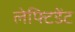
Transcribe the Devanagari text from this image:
लेफ्टिडेंट